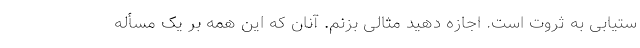
ستیابی به ثروت است. اجازه دهید مثالی بزنم. آنان که این همه بر یک مسأله